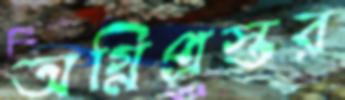
অগ্নিপ্রস্তর